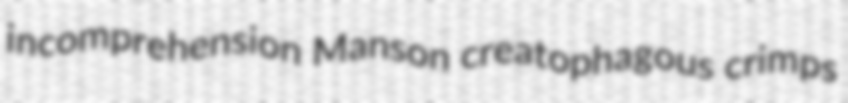
incomprehension Manson creatophagous crimps